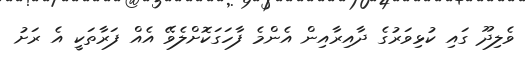
ވެލިދޫ ގައި ކުޅިވަރުގެ ދާއިރާއިން އެންމެ ފާހަގަކޮށްލެވޭ އެއް ފަރާތަކީ އެ ރަށު